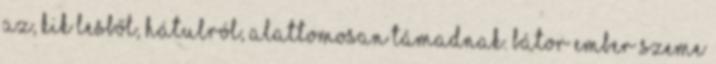
az, kik lesből, hátulról, alattomosan támadnak. Bátor ember szeme